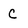
Character: c